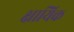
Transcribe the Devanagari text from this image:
क्षायिक